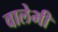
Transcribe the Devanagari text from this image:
वालेभी